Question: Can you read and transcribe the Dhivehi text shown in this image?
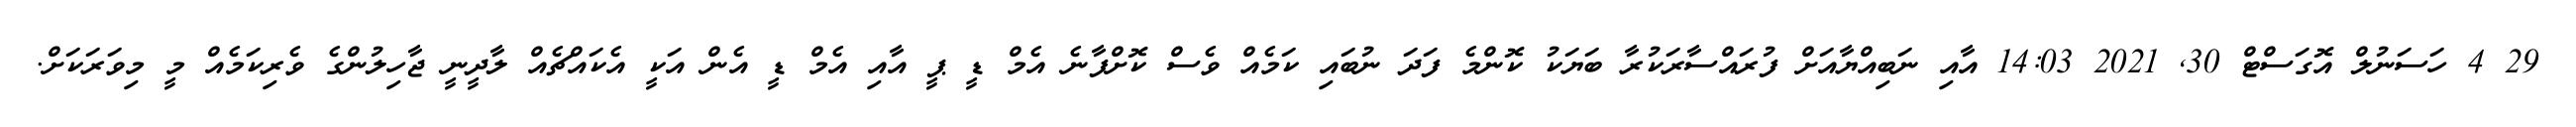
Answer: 29 4 ހަސަނުލް އޮގަސްޓް 30, 2021 14:03 އާއި ނަބިއްޔާއަށް ފުރައްސާރަކުރާ ބަޔަކު ކޮންމެ ފަދަ ނުބައި ކަމެއް ވެސް ކޮށްފާނެ އެމް ޑީ ޕީ އާއި އެމް ޑީ އެން އަކީ އެކައްޗެއް ލާދީނީ ޖާހިލުންގެ ވެރިކަމެއް މީ މިވަރަކަށް.